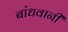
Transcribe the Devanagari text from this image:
बांधवानी